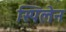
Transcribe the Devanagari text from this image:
स्पिलेन